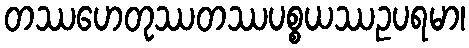
တဿဟေတုဿတဿပစ္စယဿဥပရမာ၊